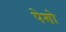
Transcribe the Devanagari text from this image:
पेशो